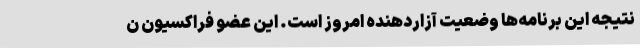
نتیجه این برنامه‌ها وضعیت آزاردهنده امروز است. این عضو فراکسیون ن